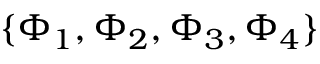
\{ \Phi _ { 1 } , \Phi _ { 2 } , \Phi _ { 3 } , \Phi _ { 4 } \}